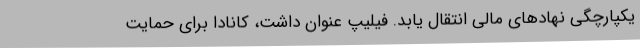
یکپارچگی نهادهای مالی انتقال یابد. فیلیپ عنوان داشت، کانادا برای حمایت